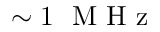
\sim 1 ~ \mathrm { ~ M ~ H ~ z ~ }